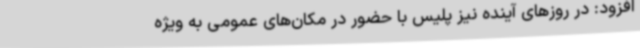
افزود: در روزهای آینده نیز پلیس با حضور در مکان‌های عمومی به ویژه